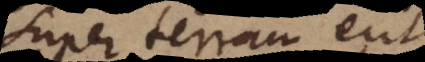
super terram erit